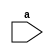
module one (a);
   input a;
   reg x;
endmodule